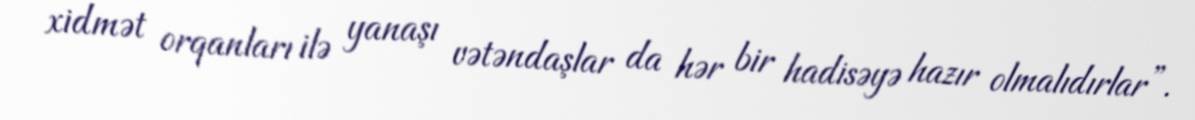
xidmət orqanları ilə yanaşı vətəndaşlar da hər bir hadisəyə hazır olmalıdırlar”.